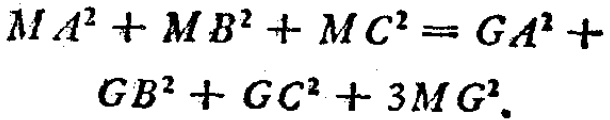
\[

\begin{align*}

MA^{2}+MB^{2}+MC^{2}&=GA^{2}+\\

GB^{2}+GC^{2}+3MG^{2}&

\end{align*}

\]